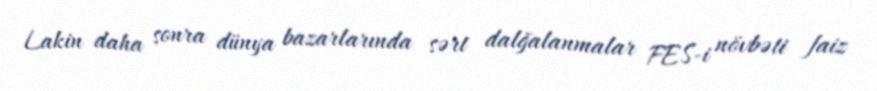
Lakin daha sonra dünya bazarlarında sərt dalğalanmalar FES-i növbəti faiz